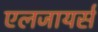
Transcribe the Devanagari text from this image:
एलजायर्स